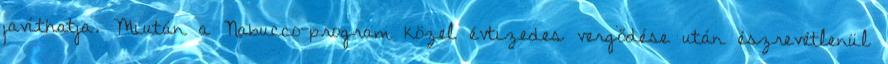
javíthatja. Miután a Nabucco-program közel évtizedes vergődése után észrevétlenül